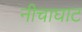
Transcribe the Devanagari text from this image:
नीचाघाट